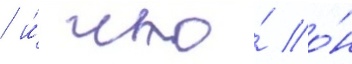
/ и́ что́ о́н